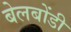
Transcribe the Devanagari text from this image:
बेलबोंडी